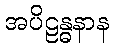
အပိဠန္ဓနာန